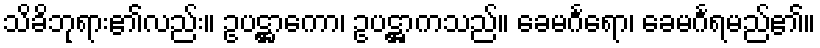
သိခိဘုရား၏လည်း။ ဥပဋ္ဌာကော၊ ဥပဋ္ဌာကသည်။ ခေမင်္ဂရော၊ ခေမင်္ဂရမည်၏။